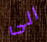
الى